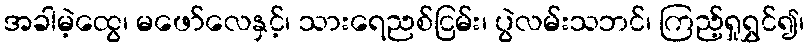
အခါမဲ့ထွေ၊ မဖော်လေနှင့်၊ သားရေညစ်ငြမ်း၊ ပွဲလမ်းသဘင်၊ ကြည့်ရှုရွှင်၍၊